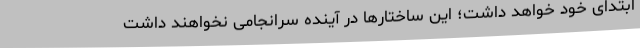
ابتدای خود خواهد داشت؛ این ساختارها در آینده سرانجامی نخواهند داشت